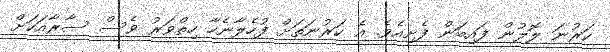
ކަރުނަ ލޮލުން ފައިބަން ފެށިއެވެ. އެ ކަރުނަތަށް ފުހެލާނެހާ ހިތްވަރު ވެސް ސާރާއަކަށް